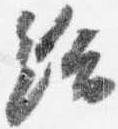
給